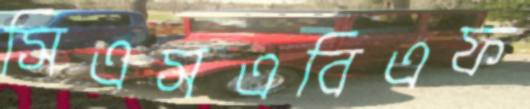
সিএসএবিএফ